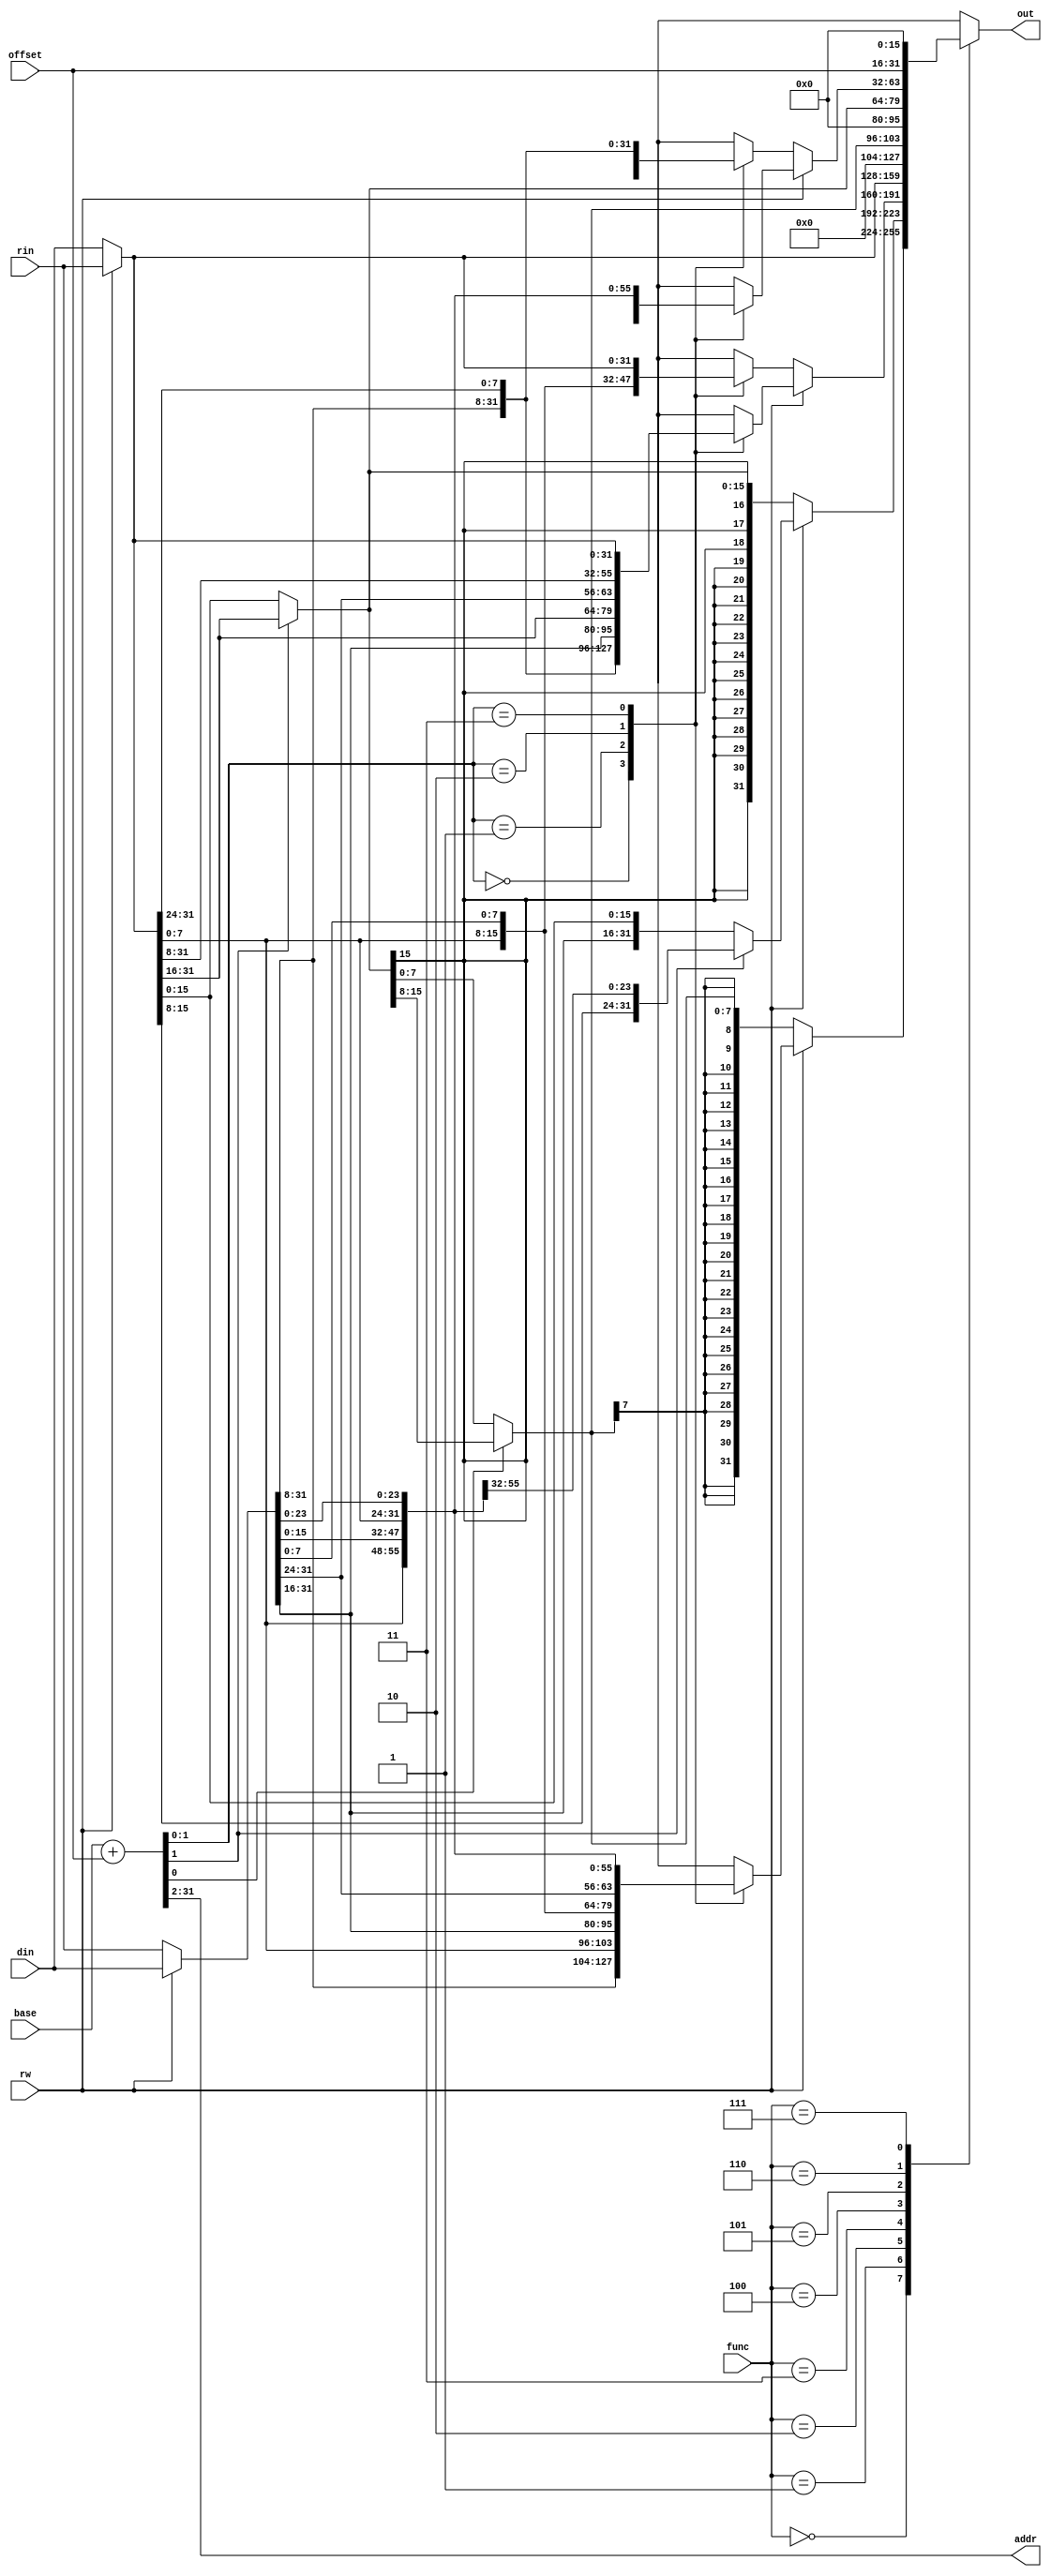
module dataconv(base,offset,func,rin,din,out,addr,rw);
input [31:0] rin,din;
input signed [31:0] base;
input signed [15:0] offset;
input [2:0] func;
input rw;
output [31:0] out;
output [31:2] addr;

reg [31:0] out;

wire [31:0] _addr,in,_in;
wire signed [15:0] halfword;
wire signed [7:0] byte;

assign in=rw?rin:din;
assign _in=rw?din:rin;

assign _addr=base+offset;
assign addr=_addr[31:2];

assign halfword=_addr[1]?in[31:16]:in[15:0];
assign byte=_addr[0]?halfword[15:8]:halfword[7:0];

`define b  'b000
`define h  'b001
`define wl 'b010
`define w  'b011
`define bu 'b100
`define hu 'b101
`define wr 'b110
`define ui 'b111

always@(func,offset,byte,halfword,in,_in,_addr[1:0],rw)
begin
	case(func)
	`b:
	if(rw)
		case(_addr[1:0])
		0: out<={_in[31:8],in[7:0]};
		1: out<={_in[31:16],in[7:0],_in[7:0]};
		2: out<={_in[31:24],in[7:0],_in[15:0]};
		3: out<={in[7:0],_in[23:0]};
		endcase
	else out<=byte;
	`h:
	if(rw) out<=_addr[1]?{in[15:0],_in[15:0]}:{_in[31:16],in[15:0]};
	else out<=halfword;
	`wl:
	begin
		if(rw)
			case(_addr[1:0])
			0: out<={_in[31:8],in[31:24]};
			1: out<={_in[31:16],in[31:16]};
			2: out<={_in[31:24],in[31:8]};
			3: out<=in[31:0];
			endcase
		else
			case(_addr[1:0])
			0: out<={in[7:0],_in[23:0]};
			1: out<={in[15:0],_in[15:0]};
			2: out<={in[23:0],_in[7:0]};
			3: out<=in[31:0];
			endcase
	end
	`w:  out<=in;
	`bu: out<=byte[7:0];
	`hu: out<=halfword[15:0];
	`wr:
	begin
		if(rw)
			case(_addr[1:0])
			0: out<=in[31:0];
			1: out<={in[23:0],_in[7:0]};
			2: out<={in[15:0],_in[15:0]};
			3: out<={in[7:0],_in[23:0]};
			endcase
		else
			case(_addr[1:0])
			0: out<=in[31:0];
			1: out<={_in[31:24],in[31:8]};
			2: out<={_in[31:16],in[31:16]};
			3: out<={_in[31:8],in[31:24]};
			endcase
	end
	`ui: out<={offset,16'b0};
	endcase
end

endmodule